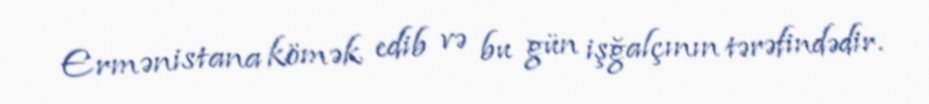
Ermənistana kömək edib və bu gün işğalçının tərəfindədir.